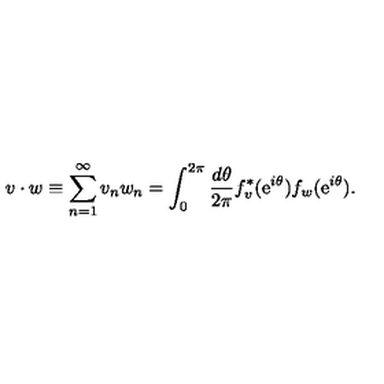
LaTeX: v \cdot w \equiv \sum _ { n = 1 } ^ { \infty } v _ { n } w _ { n } = \int _ { 0 } ^ { 2 \pi } { \frac { d \theta } { 2 \pi } } f _ { v } ^ { * } ( \mathrm { e } ^ { i \theta } ) f _ { w } ( \mathrm { e } ^ { i \theta } ) .